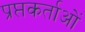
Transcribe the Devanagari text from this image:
प्रप्तकर्ताओं